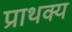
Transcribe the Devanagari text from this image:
प्राथक्य